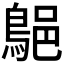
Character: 𪁗